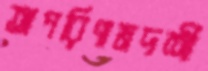
অপরিণামদর্শী